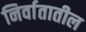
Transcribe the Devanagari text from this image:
निर्वातातील